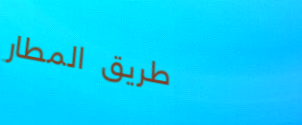
طريق المطار